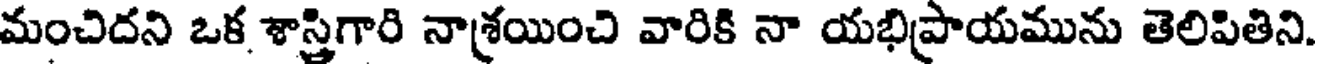
మంచిదని ఒక శాస్త్రిగారి నాశ్రయించి వారికి నా యభిప్రాయమును తెలిపితిని.